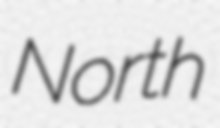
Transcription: North